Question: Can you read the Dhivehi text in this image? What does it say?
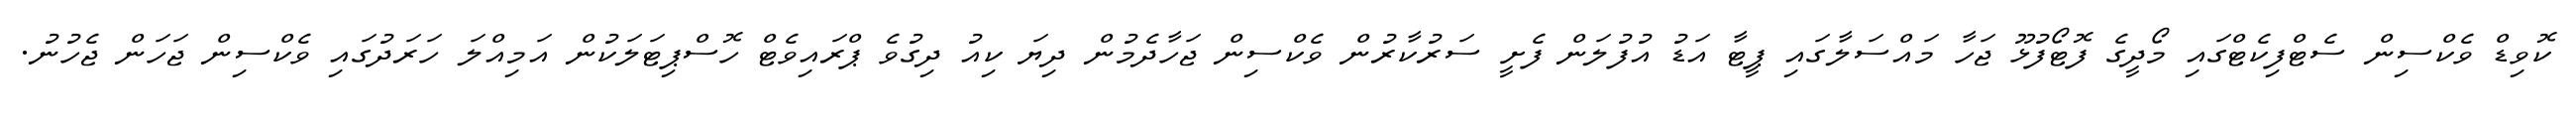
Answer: ކޮވިޑް ވެކްސިން ސެޓްފިކެޓްގައި މޯދީގެ ފޮޓޯފުޅޫ ޖަހާ މައްސަލާގައި ޕީޓާ އަޑު އުފުލަން ފެށީ ސަރުކާރުން ވެކްސިން ޖަހާދެމުން ދިޔަ ކިއު ދިގުވެ ޕްރައިވެޓް ހޮސްޕިޓަލަކުން އަމިއްލަ ހަރަދުގައި ވެކްސިން ޖަހަން ޖެހުނު.